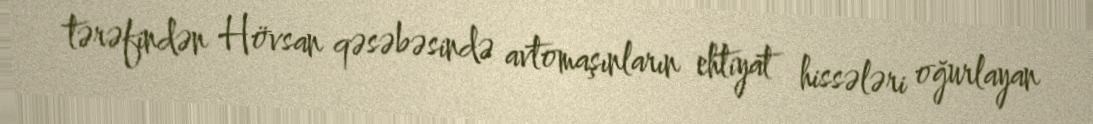
tərəfindən Hövsan qəsəbəsində avtomaşınların ehtiyat hissələri oğurlayan